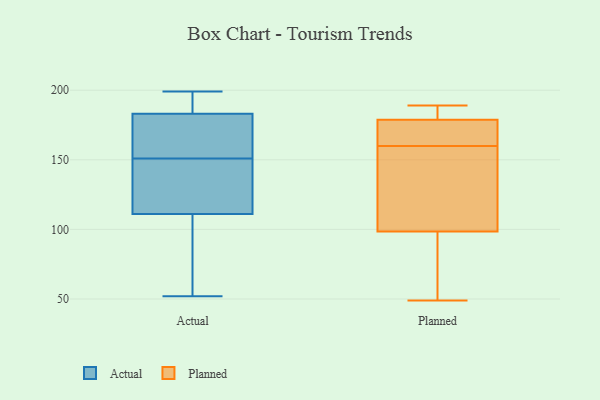
{"axis": {"x": "Net Income (USD K)", "y": "Value"}, "legend": ["Actual", "Planned"], "data": [{"x": "", "y": 115, "type": "Actual"}, {"x": "", "y": 159, "type": "Actual"}, {"x": "", "y": 127, "type": "Actual"}, {"x": "", "y": 52, "type": "Actual"}, {"x": "", "y": 195, "type": "Actual"}, {"x": "", "y": 107, "type": "Actual"}, {"x": "", "y": 166, "type": "Actual"}, {"x": "", "y": 137, "type": "Actual"}, {"x": "", "y": 158, "type": "Actual"}, {"x": "", "y": 191, "type": "Actual"}, {"x": "", "y": 72, "type": "Actual"}, {"x": "", "y": 175, "type": "Actual"}, {"x": "", "y": 195, "type": "Actual"}, {"x": "", "y": 193, "type": "Actual"}, {"x": "", "y": 71, "type": "Actual"}, {"x": "", "y": 66, "type": "Actual"}, {"x": "", "y": 199, "type": "Actual"}, {"x": "", "y": 154, "type": "Actual"}, {"x": "", "y": 148, "type": "Actual"}, {"x": "", "y": 131, "type": "Actual"}, {"x": "", "y": 180, "type": "Planned"}, {"x": "", "y": 178, "type": "Planned"}, {"x": "", "y": 148, "type": "Planned"}, {"x": "", "y": 160, "type": "Planned"}, {"x": "", "y": 93, "type": "Planned"}, {"x": "", "y": 176, "type": "Planned"}, {"x": "", "y": 166, "type": "Planned"}, {"x": "", "y": 49, "type": "Planned"}, {"x": "", "y": 60, "type": "Planned"}, {"x": "", "y": 180, "type": "Planned"}, {"x": "", "y": 127, "type": "Planned"}, {"x": "", "y": 189, "type": "Planned"}, {"x": "", "y": 115, "type": "Planned"}, {"x": "", "y": 66, "type": "Planned"}, {"x": "", "y": 179, "type": "Planned"}]}